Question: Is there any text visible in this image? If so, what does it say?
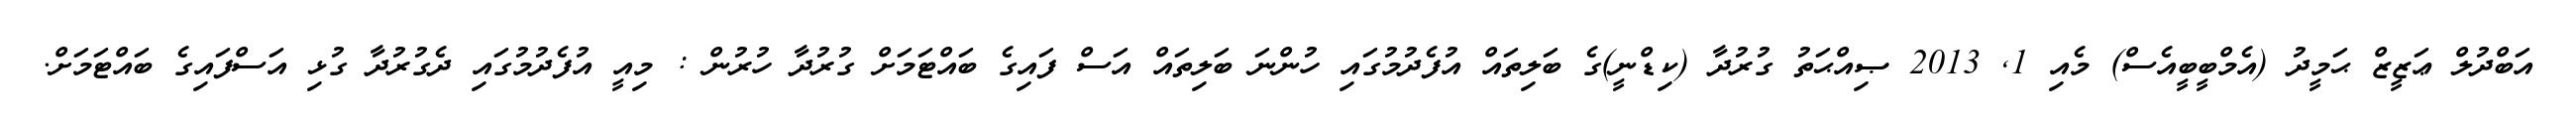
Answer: އަބްދުލް ޢަޒީޒް ޙަމީދު (އެމްބީބީއެސް) މެއި 1, 2013 ޞިއްޙަތު ގުރުދާ (ކިޑްނީ)ގެ ބަލިތައް އުފެދުމުގައި ހުންނަ ބަލިތައް އަސް ފައިގެ ބައްޓަމަށް ގުރުދާ ހުރުން : މިއީ އުފެދުމުގައި ދެގުރުދާ ގުޅި އަސްފައިގެ ބައްޓަމަށް.